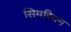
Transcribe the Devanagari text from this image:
सिमरियन